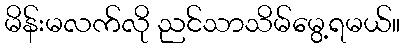
မိန်းမလက်လို ညင်သာသိမ်မွေ့ရမယ်။